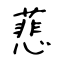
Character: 蕜